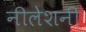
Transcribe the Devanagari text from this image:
नीलेशनी